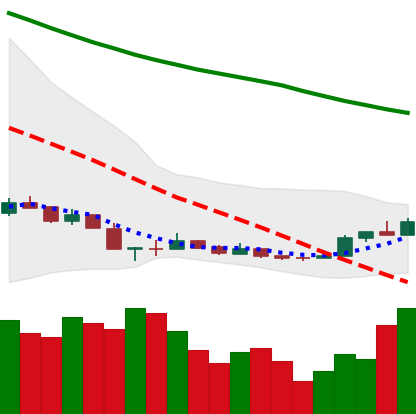
Ticker: NEO-USD
Chart end date: 2018-12-20
Forward return: 5.523%
Label: up_5_7